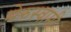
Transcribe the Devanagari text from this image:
मेरुस्वामी